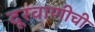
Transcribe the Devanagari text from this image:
दूरवाणीची